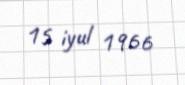
15 iyul 1966